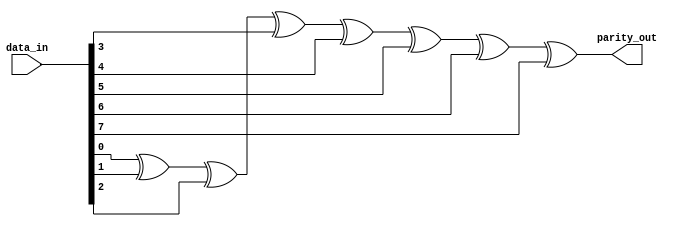
module parity_using_function2 (
data_in    , //  8 bit data in
parity_out   //  1 bit parity out
);
output  parity_out ;
input [7:0] data_in ; 
     
wire parity_out ;
function parity;
  input [31:0] data; 
  integer i; 
  begin 
    parity = 0; 
    for (i = 0; i < 32; i = i + 1) begin  
      parity = parity ^ data[i]; 
    end 
  end 
endfunction 

always @ (data_in)
begin
  parity_out = parity(data_in);
end

endmodule